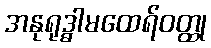
အနုရုဒ္ဓါမထေရ်ဝတ္ထု